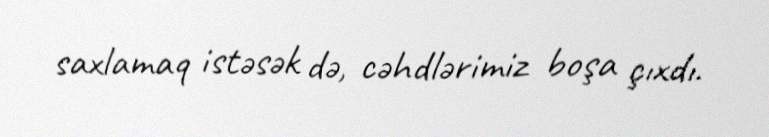
saxlamaq istəsək də, cəhdlərimiz boşa çıxdı.